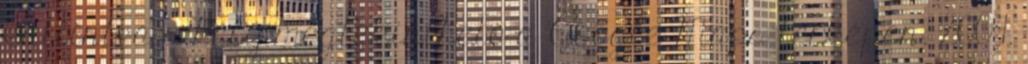
kattintva a hely megtekinthető a Google Maps térképen. 2009.